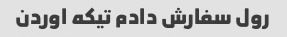
رول سفارش دادم تیکه اوردن